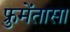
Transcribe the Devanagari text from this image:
फ्रुमेंतासा